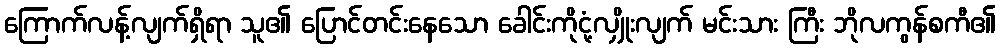
ကြောက်လန့်လျက်ရှိရာ သူ၏ ပြောင်တင်းနေသော ခေါင်းကိုငုံ့လျှိုးလျက် မင်းသား ကြီး ဘိုလကွန်စကီ၏